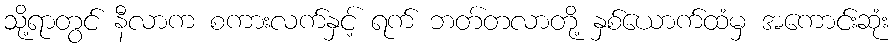
သို့ရာတွင် နီလာက စကားလက်နှင့် ရက် ဘတ်တလာတို့ နှစ်ယောက်ထံမှ အကောင်းဆုံး